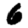
Digit: 6